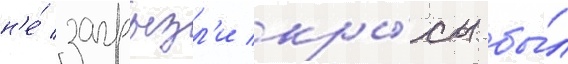
н'е́ загрызл'и кры́сы бы́л